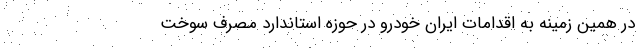
در همین زمینه به اقدامات ایران خودرو در حوزه استاندارد مصرف سوخت